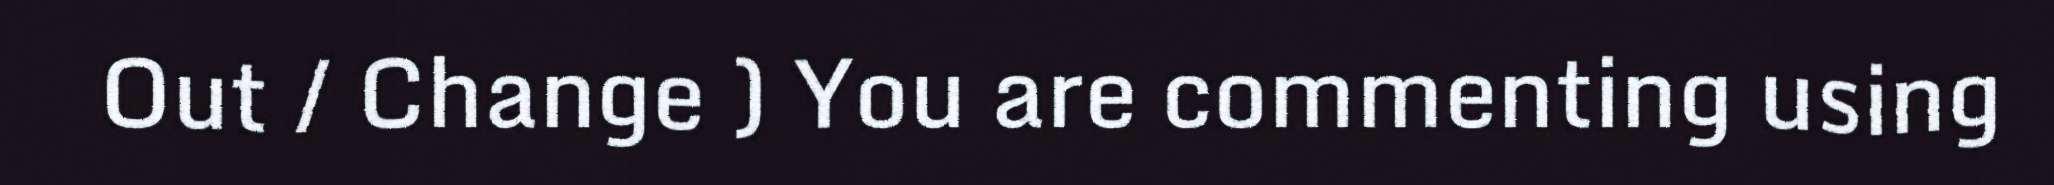
Out / Change ) You are commenting using